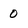
Character: 0